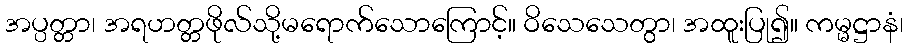
အပ္ပတ္တာ၊ အရဟတ္တဖိုလ်သို့မရောက်သောကြောင့်။ ဝိသေသေတွာ၊ အထူးပြု၍။ ကမ္မဋ္ဌာနံ၊